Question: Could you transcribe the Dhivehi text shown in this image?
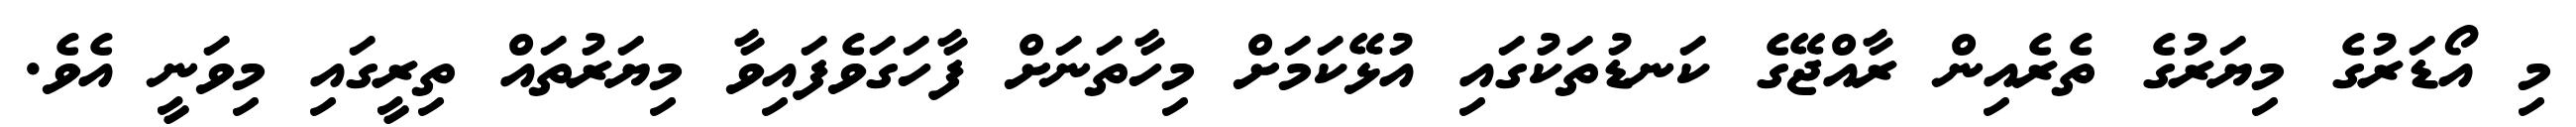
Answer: މި އޯޑަރުގެ މިޔަރުގެ ތެރެއިން ރާއްޖޭގެ ކަނޑުތަކުގައި އުޅޭކަމަށް މިހާތަނަށް ފާހަގަވެފައިވާ މިޔަރުތައް ތިރީގައި މިވަނީ އެވެ.